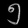
Digit: ၅